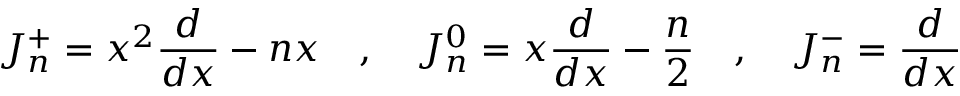
J _ { n } ^ { + } = x ^ { 2 } { \frac { d } { d x } } - n x \quad , \quad J _ { n } ^ { 0 } = x { \frac { d } { d x } } - { \frac { n } { 2 } } \quad , \quad J _ { n } ^ { - } = { \frac { d } { d x } }